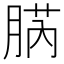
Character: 𦜬